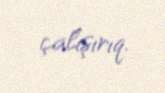
çalışırıq.